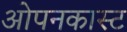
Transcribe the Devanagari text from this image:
ओपनकास्ट